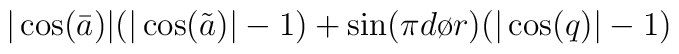
|\cos (\bar a )|( | \cos (\tilde a )| -1) + \sin({{\pi d}\o {r}})(|\cos (q)|-1)